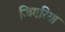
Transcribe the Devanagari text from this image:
जिगरिया